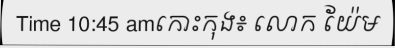
Time 10:45 amកោះកុង៖ លោក យ៉ែម